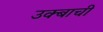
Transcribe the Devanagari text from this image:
उक्बाची